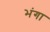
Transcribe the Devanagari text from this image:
भंगा